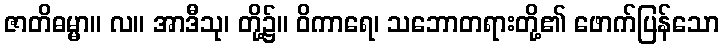
ဇာတိဓမ္မာ။ လ။ အာဒီသု၊ တို့၌။ ဝိကာရေ၊ သဘောတရားတို့၏ ဖောက်ပြန်သော